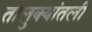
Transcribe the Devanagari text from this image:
तालुक्यांतली